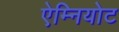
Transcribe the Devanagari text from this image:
ऐम्नियोट